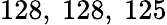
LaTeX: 128,\ 128,\ 125